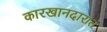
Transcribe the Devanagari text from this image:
कारखानदारात